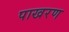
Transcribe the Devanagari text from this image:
पाखरण